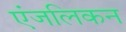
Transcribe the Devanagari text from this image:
एंजलिकन